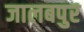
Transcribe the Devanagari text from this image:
जालबपुर